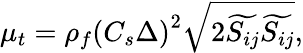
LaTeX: \mu_{t}=\rho_{f}\left(C_{s}\Delta\right)^{2}\sqrt{2\widetilde{S_{ij}}\widetilde{S_{ij}}},